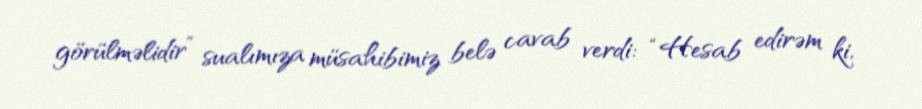
görülməlidir” sualımıza müsahibimiz belə cavab verdi: “Hesab edirəm ki,